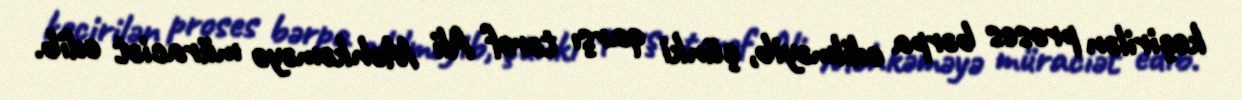
keçirilən proses bərpa edilməyib, çünki qarşı tərəf Ali Məhkəməyə müraciət edib.